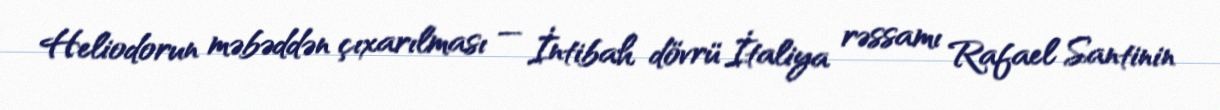
Heliodorun məbəddən çıxarılması — İntibah dövrü İtaliya rəssamı Rafael Santinin